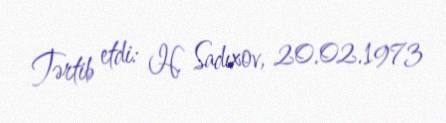
Tərtib etdi: H. Sadıxov, 20.02.1973